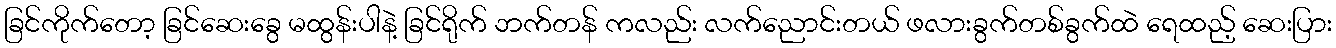
ခြင်ကိုက်တော့ ခြင်ဆေးခွေ မထွန်းပါနဲ့ ခြင်ရိုက် ဘက်တန် ကလည်း လက်ညောင်းတယ် ဖလားခွက်တစ်ခွက်ထဲ ရေထည့် ဆေးပြား